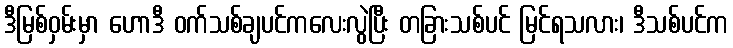
ဒီမြစ်ဝှမ်းမှာ ဟောဒီ ဝက်သစ်ချပင်ကလေးလွဲပြီး တခြားသစ်ပင် မြင်ရသလား၊ ဒီသစ်ပင်က